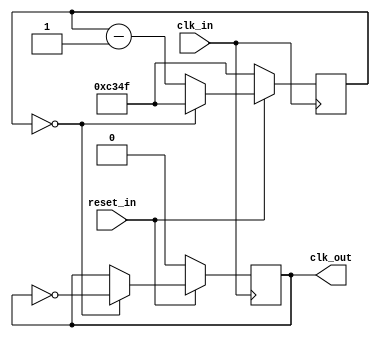
`timescale 1ns / 1ps
//////////////////////////////////////////////////////////////////////////////////
// Company: 
// Engineer: 
// 
// Design Name: 
// Module Name: clock_divider_1khz
// Project Name: 
// Target Devices: 
// Tool Versions: 
// Description: 
// 
// Dependencies: 
// 
// Revision:
// Revision 0.01 - File Created
// Additional Comments:
// 
//////////////////////////////////////////////////////////////////////////////////


module clock_divider_1khz(
    input clk_in,
    input reset_in,
    output reg clk_out
    );
    
    reg [25:0] counter;
    
    always @ (posedge clk_in) begin
        if(!reset_in) begin
            clk_out <= 0;
            counter <= 49999;
        end else begin
            counter <= counter - 1;
            if(counter == 0) begin
                counter <= 49999;
                clk_out <= ~clk_out;
            end
        end
    end
   
endmodule